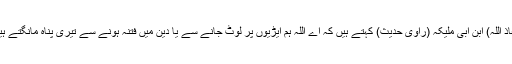
معاذ اللہ) ابن ابی ملیکہ (راوی حدیث) کہتے ہیں کہ اے اللہ ہم ایڑیوں پر لوٹ جانے سے یا دین میں فتنہ ہونے سے تیری پناہ مانگتے ہیں۔